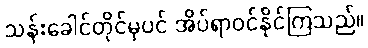
သန်းခေါင်တိုင်မှပင် အိပ်ရာဝင်နိုင်ကြသည်။